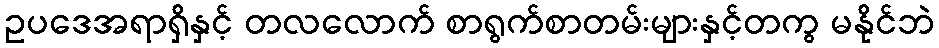
ဥပဒေအရာရှိနှင့် တလလောက် စာရွက်စာတမ်းများနှင့်တကွ မနိုင်ဘဲ